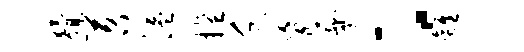
猾苕溢擅乏盲爨：离